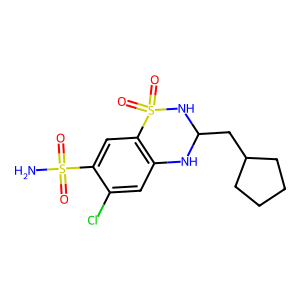
SMILES: NS(=O)(=O)c1cc2c(cc1Cl)NC(CC1CCCC1)NS2(=O)=O
Inhibits HIV replication: No